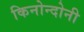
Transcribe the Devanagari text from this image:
किनोन्दोनी